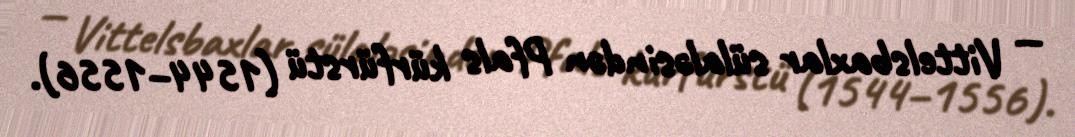
— Vittelsbaxlar sülaləsindən Pfals kürfürstü (1544–1556).